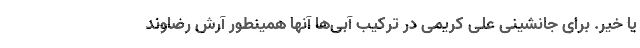
یا خیر. برای جانشینی علی کریمی در ترکیب آبی‌ها آنها همینطور آرش رضاوند